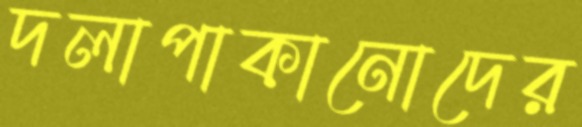
দলাপাকানোদের